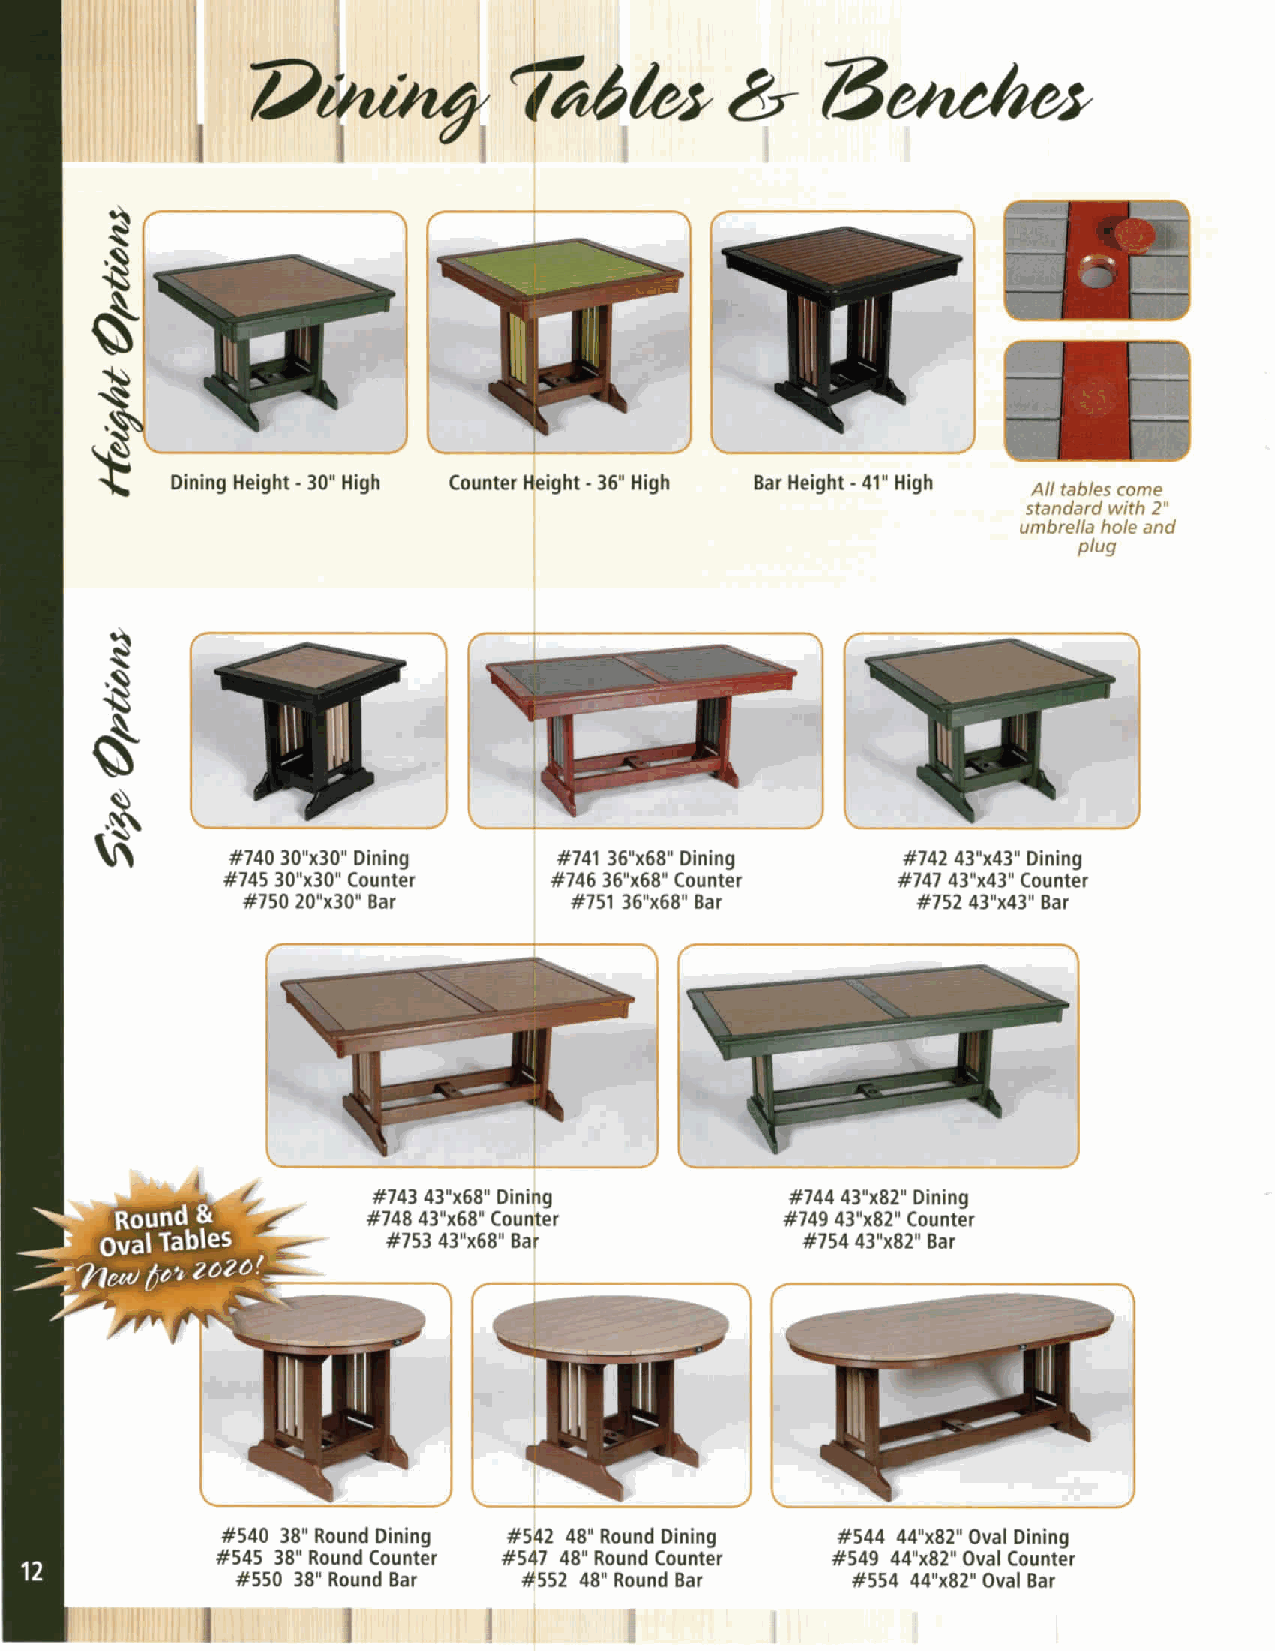
reddr2s       87   71
 I
 7)Athbe
 -.¢`leight-30"HighCounter
 eight -36" High Bar Height -     All tables come
 standard with 2"
 umbrella hole and
 plug
 I
 A
 E740 30"x30" Dining  #741 36''x68" Dining   #742 43"x43" Dining
 745 30"x30" Counter #746 36"x68" Counter   #747 43"x43" Counter
 #750 20"x30" Bar      #751 36"x68" Bar       #752 43''x43" Bar
 :1111111111111111111111111111 -
 I
 #744 43"x82" Dining
 #749 43"x82" Counter
 #754 43''x82" Bar
 #544 44"x82" Oval Dining
 #549 44"x82" Oval Counter
 #554 44"x82" Oval Bar